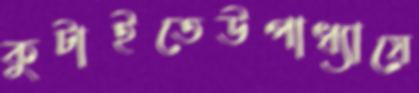
কুটাইতেউপাধ্যায়ে